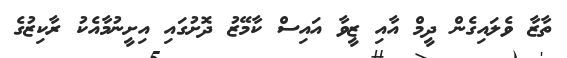
ތާޒާ ވެލައިގެން ދީމް އާއި ޒީވާ އައިސް ކާމޭޒު ދޮށުގައި އިށީނުމާއެކު ރާކިޒުގެ